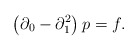
\begin{align*}\left(\partial_{0}-\partial_{1}^{2}\right)p=f.\end{align*}